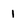
Character: 1